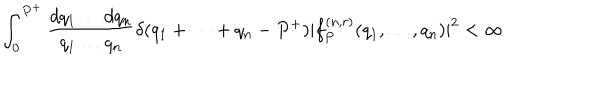
\int _ { 0 } ^ { P ^ { + } } { \frac { d q _ { 1 } \dots d q _ { n } } { q _ { 1 } \dots q _ { n } } } \delta ( q _ { 1 } + \cdots + q _ { n } - P ^ { + } ) | f _ { P } ^ { ( n , r ) } ( q _ { 1 } , \dots , q _ { n } ) | ^ { 2 } < \infty